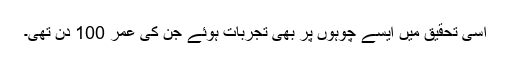
اسی تحقیق میں ایسے چوہوں پر بھی تجربات ہوئے جن کی عمر 100 دن تھی۔